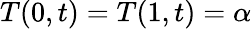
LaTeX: T(0,t)=T(1,t)=\alpha